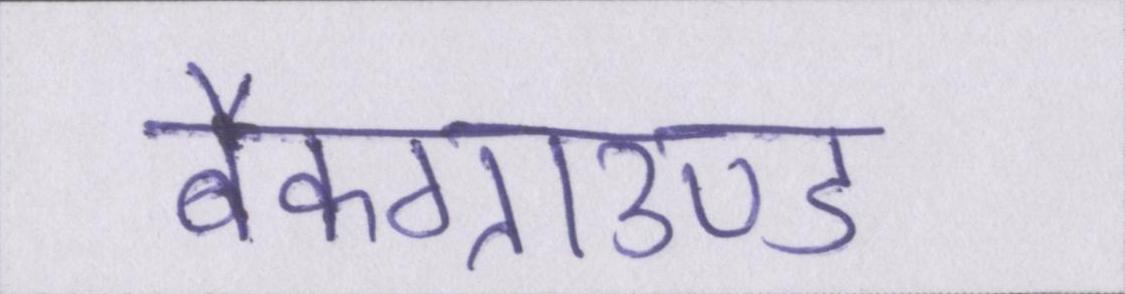
बैकग्राउण्ड